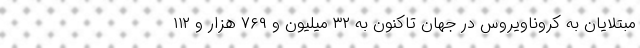
مبتلایان به کروناویروس در جهان تاکنون به ۳۲ میلیون و ۷۶۹ هزار و ۱۱۲